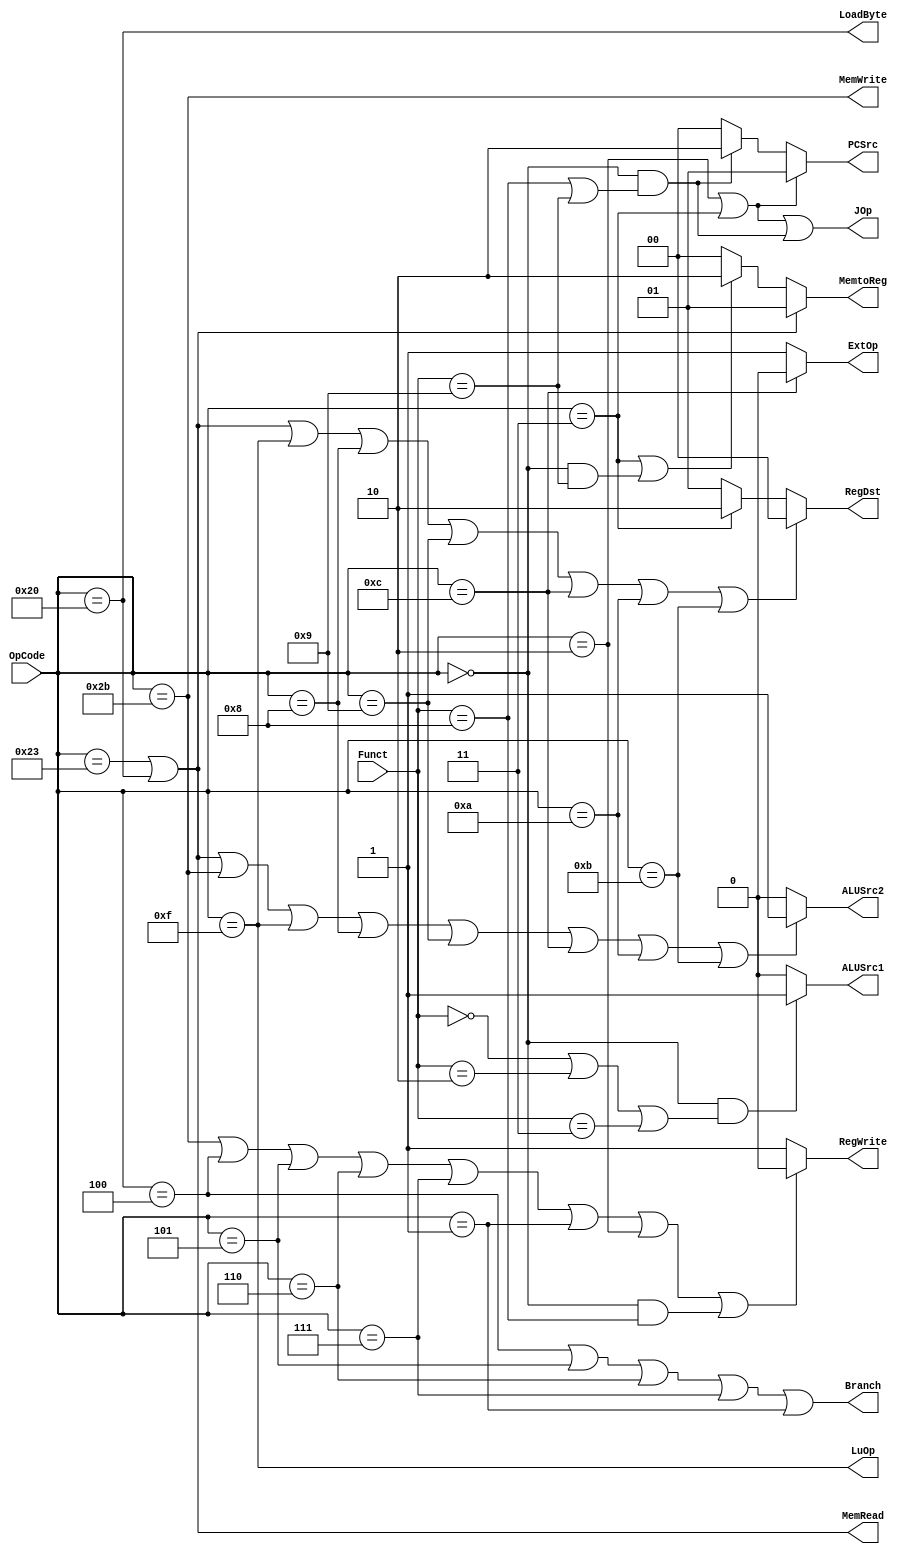
`timescale 1ns / 1ps
module Control(OpCode, Funct,
	PCSrc, Branch, RegWrite, RegDst, 
	MemRead, MemWrite, MemtoReg, 
	ALUSrc1, ALUSrc2, ExtOp, LuOp, JOp, LoadByte
);
	input wire [5:0] OpCode;
	input wire [5:0] Funct;
	output wire [1:0] PCSrc;
	output wire Branch;
	output wire RegWrite;
	output wire [1:0] RegDst;
	output wire MemRead;
	output wire MemWrite;
	output wire [1:0] MemtoReg;
	output wire ALUSrc1;
	output wire ALUSrc2;
	output wire ExtOp;
	output wire LuOp;
	output wire JOp;
	output wire LoadByte;
	
	// Your code below

	assign PCSrc = (OpCode == 6'h02 || OpCode == 6'h03) ? 1 :		// j,jal: 1 -- jr,jalr: 2 -- 0 
					(OpCode == 0 && (Funct == 6'h08 || Funct == 6'h09)) ? 2 : 0;
	     
	assign Branch = OpCode == 6'h04 || OpCode == 6'h05 || OpCode == 6'h06 || OpCode == 6'h07 || OpCode == 6'h01;
	
	assign RegWrite = (OpCode == 6'h2b || OpCode == 6'h04 || OpCode == 6'h05 || OpCode == 6'h06 || OpCode == 6'h07 || OpCode == 6'h01 ||
						OpCode == 6'h02 || (OpCode == 6'h00 && Funct == 6'h08)) ? 0 : 1;
	
	assign RegDst = (OpCode == 6'h23 || OpCode == 6'h20 || OpCode == 6'h0f || OpCode == 6'h08 || OpCode == 6'h09 ||
						OpCode == 6'h0c || OpCode == 6'h0a || OpCode == 6'h0b) ? 0 :
							OpCode == 6'h03 ? 2 : 1;	// 0: rt; 1: rd; 2: ra

	assign MemRead = OpCode == 6'h23 || OpCode == 6'h20;

	assign MemWrite = OpCode == 6'h2b;

	assign MemtoReg = OpCode == 6'h23 || OpCode == 6'h20 ? 1 :
						(OpCode == 6'h03 || (OpCode == 6'h00 && Funct == 6'h09)) ? 2 : 0;
	
	assign ALUSrc1 = (OpCode == 6'h00 && (Funct == 6'h00 || Funct == 6'h02 || Funct == 6'h03)) ? 1 : 0;
	
	assign ALUSrc2 = (OpCode == 6'h23 || OpCode == 6'h20 || OpCode == 6'h2b || OpCode == 6'h0f ||
						OpCode == 6'h08 || OpCode == 6'h09 || OpCode == 6'h0c ||
							OpCode == 6'h0a || OpCode == 6'h0b) ? 1 : 0;

	assign ExtOp = OpCode == 6'h0c ? 0 : 1;

	assign LuOp = OpCode == 6'h0f;

	assign JOp = OpCode == 6'h02 || OpCode == 6'h03 || (OpCode == 6'h00 && (Funct == 6'h08 || Funct == 6'h09));
	
	assign LoadByte = OpCode == 6'h20;
	// Your code above
	
endmodule